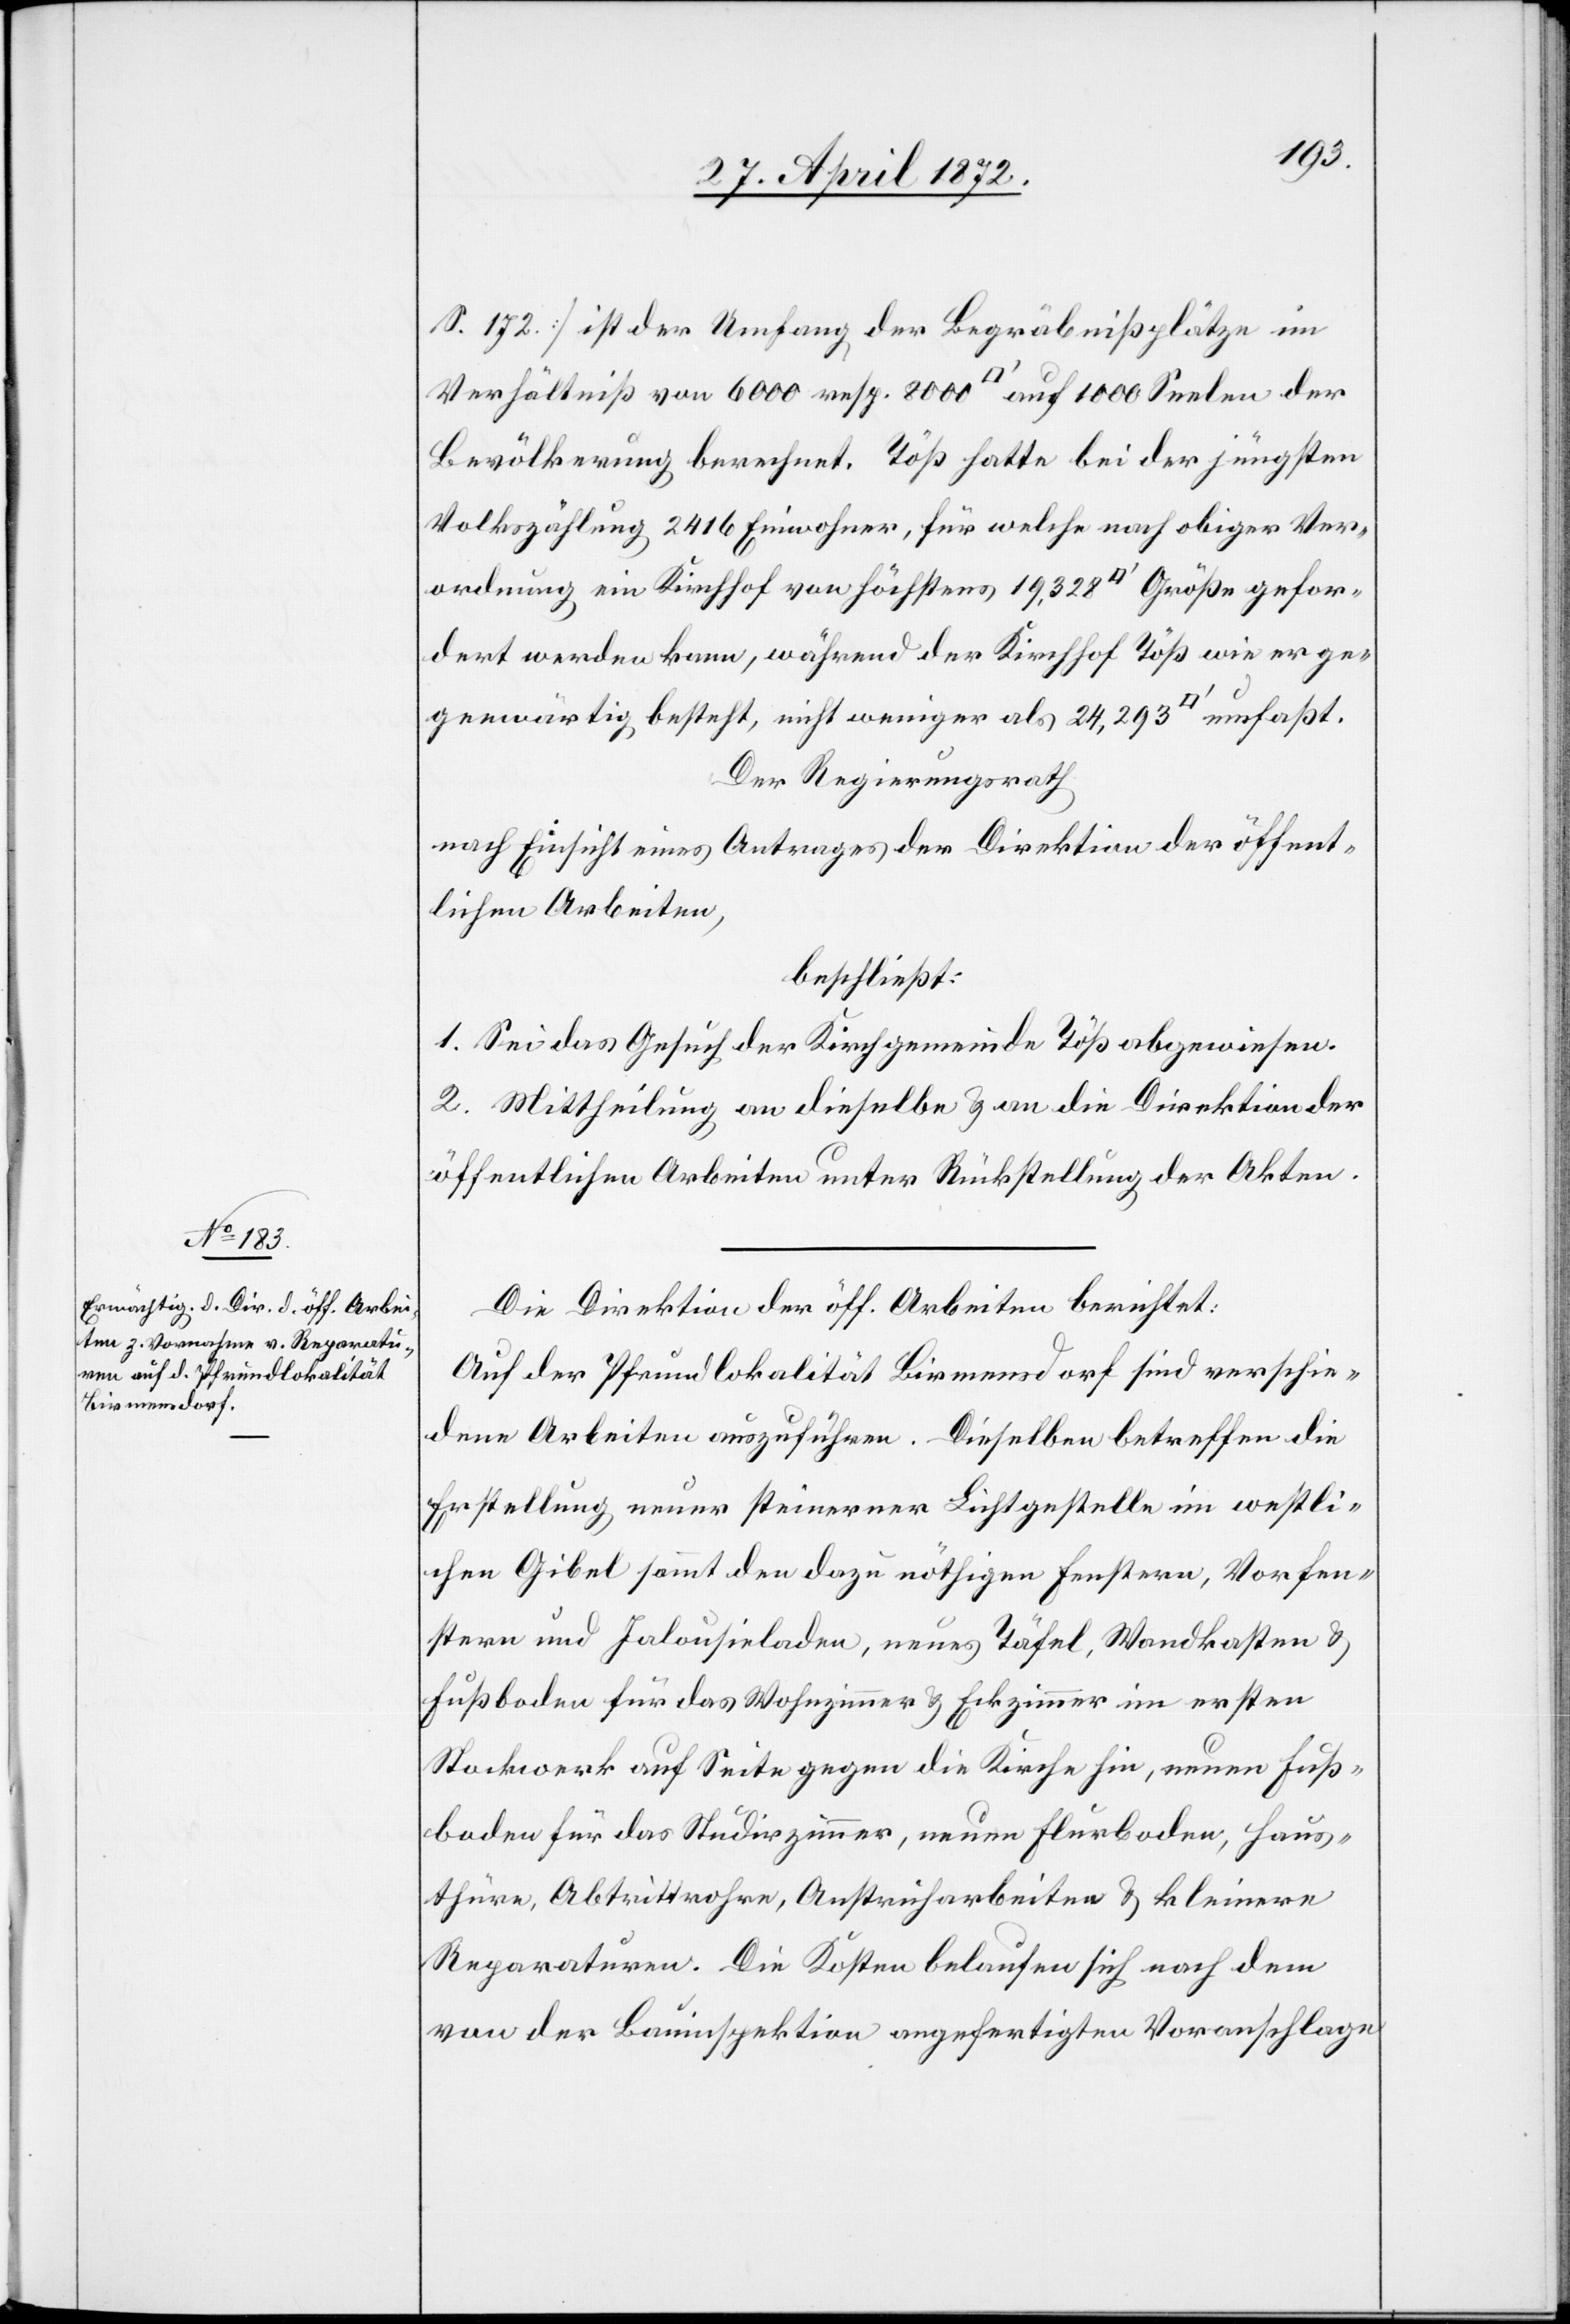
S. 172] ist der Umfang der Begräbnißplätze im
Verhältniß von 6000 resp. 8000 [Quadratfuss] auf 1000 Seelen der
Bevölkerung berechnet. Töß hatte bei der jüngsten
Volkszählung 2416 Einwohner, für welche nach obiger Ver¬
ordnung ein Kirchhof von höchstens 19,328 [Quadratfuss] Größe gefor¬
dert werden kann, während der Kirchhof Töß wie er ge¬
genwärtig besteht, nicht weniger als 24,293 [Quadratfuss]
Der Regierungsrath[,]
nach Einsicht eines Antrages der Direktion der öffent¬
lichen Arbeiten,
beschließt:
1. Sei das Gesuch der Kirchgemeinde Töß abgewiesen.
2. Mittheilung an dieselbe u. an die Direktion der
öffentlichen Arbeiten unter Rückstellung der Akten.
Die Direktion der öff. Arbeiten berichtet:
Auf der Pfrundlokalität Birmensdorf sind verschie¬
dene Arbeiten auszuführen. Dieselben betreffen die
Erstellung neuer steinerner Lichtgestelle im westli¬
chen Gibel sammt den dazu nöthigen Fenstern, Vorfen¬
stern und Jalousieladen, neues Täfel, Wandkasten u.
Fußboden für das Wohnzimmer u. Eckzimmer im ersten
Stockwerk auf Seite gegen die Kirche hin, neuen Fuß¬
boden für das Studirzimmer, neuen Flurboden, Haus¬
thüre, Abtrittrohre, Anstricharbeiten u. kleinere
Reparaturen. Die Kosten belaufen sich nach dem
von der Bauinspektion angefertigten Voranschlage